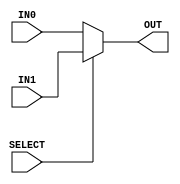

 /*______________________________________________________________________________
  |                                                                              |
  |  File Name         -mux_2x1-32bit.v                                          |
  |  Created By        -Group1(E17)                                              |
  |  Project/ Course   -CO502                                                    |
  |  Institute         -University of peradeniya                                 |
  |  Date              -05.04.2023                                               |
  |  Discription       -Instruction cache for RV32IM                             |
  |______________________________________________________________________________|
  
  */module mux_2x1_32bit(IN0, IN1, OUT, SELECT);

    //declare the ports
    input [31:0] IN0, IN1;
    input SELECT;
    output reg [31:0] OUT;


    // assign OUT = (SELECT==1'b1) ? IN1 : IN0;
    
    always @ (*) begin
        case (SELECT)
            1'b1: OUT = IN1;
            default: OUT = IN0;
        endcase
    end

endmodule